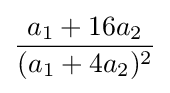
{\frac {a_{1}+16a_{2}}{(a_{1}+4a_{2})^{2}}}